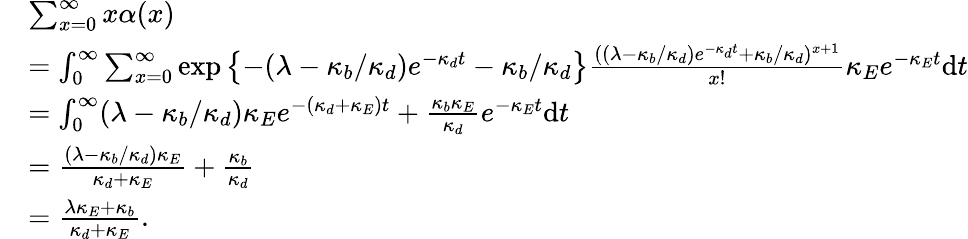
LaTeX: \begin{array}{rl}&{\sum_{x=0}^{\infty}x\alpha(x)}\\ &{=\int_{0}^{\infty}\sum_{x=0}^{\infty}\exp\left\{ -(\lambda-\kappa_{b}/\kappa_{d})e^{-\kappa_{d}t}-\kappa_{b}/\kappa_{d}\right\} \frac{((\lambda-\kappa_{b}/\kappa_{d})e^{-\kappa_{d}t}+\kappa_{b}/\kappa_{d})^{x+1}}{x!}\kappa_{E}e^{-\kappa_{E}t}\mathrm dt}\\ &{=\int_{0}^{\infty}(\lambda-\kappa_{b}/\kappa_{d})\kappa_{E}e^{-(\kappa_{d}+\kappa_{E})t}+\frac{\kappa_{b}\kappa_{E}}{\kappa_{d}}e^{-\kappa_{E}t}\mathrm dt}\\ &{=\frac{(\lambda-\kappa_{b}/\kappa_{d})\kappa_{E}}{\kappa_{d}+\kappa_{E}}+\frac{\kappa_{b}}{\kappa_{d}}}\\ &{=\frac{\lambda\kappa_{E}+\kappa_{b}}{\kappa_{d}+\kappa_{E}}.}\end{array}